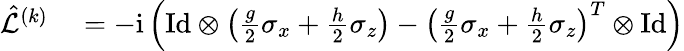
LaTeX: \begin{array}{rl}{\hat{\mathcal{L}}^{(k)}}&{{}=-\mathrm{i}\left(\mathrm{Id}\otimes\left(\frac{g}{2}\sigma_{x}+\frac{h}{2}\sigma_{z}\right)-\left(\frac{g}{2}\sigma_{x}+\frac{h}{2}\sigma_{z}\right)^{T}\otimes\mathrm{Id}\right)}\end{array}